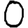
Digit: 0